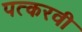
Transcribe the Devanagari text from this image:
पत्करवी